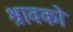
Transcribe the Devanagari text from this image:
श्रावको